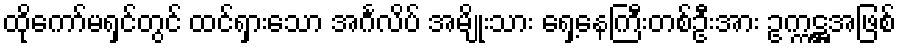
ထိုကော်မရှင်တွင် ထင်ရှားသော အင်္ဂလိပ် အမျိုးသား ရှေ့နေကြီးတစ်ဦးအား ဥက္ကဋ္ဌအဖြစ်